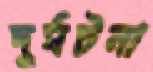
দূর্ঘটনা